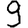
Digit: 9